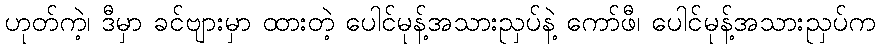
ဟုတ်ကဲ့၊ ဒီမှာ ခင်ဗျားမှာ ထားတဲ့ ပေါင်မုန့်အသားညှပ်နဲ့ ကော်ဖီ၊ ပေါင်မုန့်အသားညှပ်က